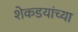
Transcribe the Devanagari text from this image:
शेकडयांच्या